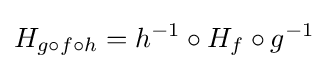
H_{g\circ f\circ h}=h^{-1}\circ H_{f}\circ g^{-1}